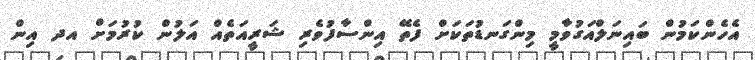
އެހެންކަމުން ބައިނަލްއަގުވާމީ މިންގަނޑުތަކަށް ފެތޭ އިންސާފުވެރި ޝަރީއަތެއް އަލުން ކުރުމަށް އދ އިން